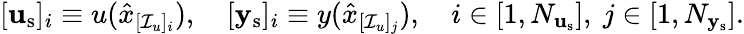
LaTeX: [\mathbf{u}_{\mathrm{s}}]_{i}\equiv u(\hat{x}_{[\mathcal{I}_{u}]_{i}}),\quad[\mathbf{y}_{\mathrm{s}}]_{i}\equiv y(\hat{x}_{[\mathcal{I}_{u}]_{j}}),\quad i\in[1,N_{\mathbf{u}_{\mathrm{s}}}],\ j\in[1,N_{\mathbf{y}_{\mathrm{s}}}].